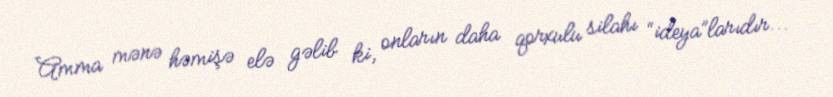
Amma mənə həmişə elə gəlib ki, onların daha qorxulu silahı “ideya”larıdır...